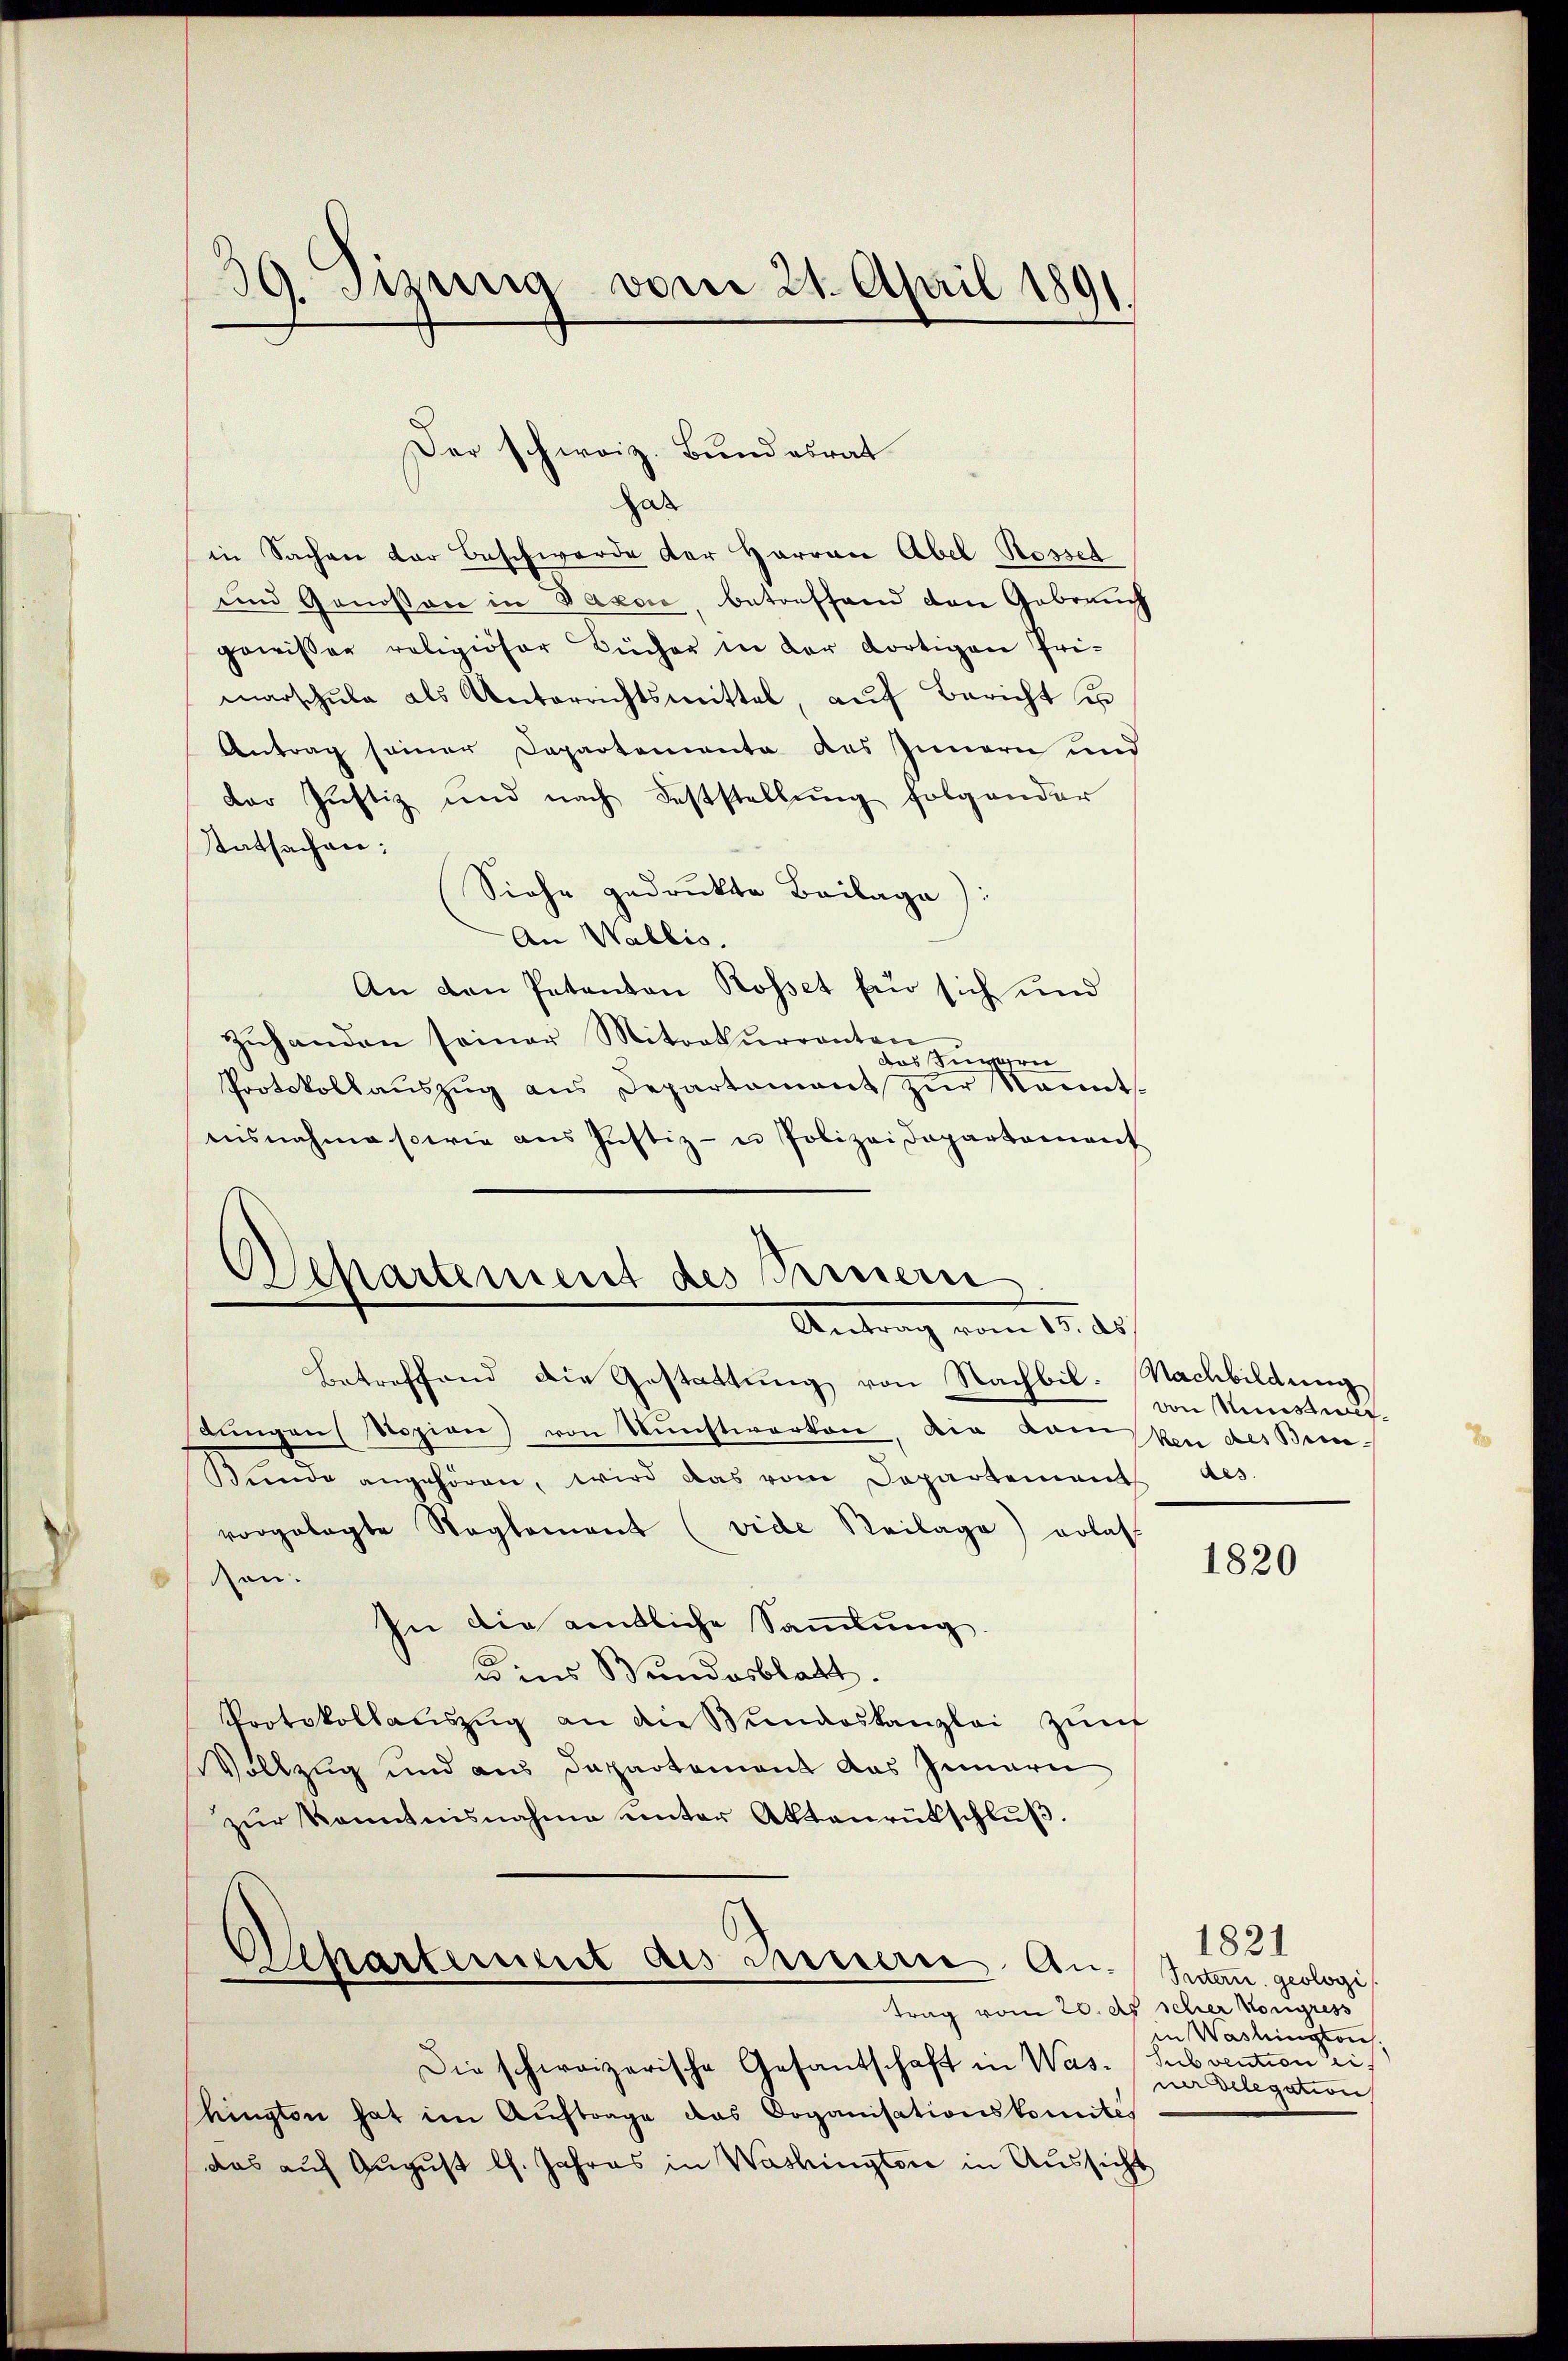
39. Sizung vom 21. April 1891

Der schweiz. Bundesrat

Departement des Peuern
Antrag vom 15. ds.

Dar
in Sachen der Beschwerde der Harran Abel Rosset
und Genossen in Saxon, betreffend den Gebrauch
gewisser religiöser Bücher in der dortigen Pri-
marschŭle als Unterrichtsmittel, aŭf Bericht u
Antrag seiner Departemente des Innern und
der Justiz und nach Feststellŭng folgender
statsachen:
Siehe gedruckte Beilage):
An Wallis.
An den Patanton Rosset für sich und
Zŭhanden seiner Mitrekurrenten
das Innern
Protokollaŭszŭg ans Departement zŭr Namnt-
nisnahme sowie ans Justiz- u Polizeidepartement

betreffend die Gestattung von Nachbil. Nachbildung
dŭngen Sozion) von Kunstwerken, die Konsten des Besunde angehören, wird das vom Departement des
vorgelegte Reglement (vide Reilage) erlas
den.
In die amtliche Sammlung.
uins Bundesblatt.
Protokollaŭszŭg an die Bundeskanzlei Zünf
Vollzug und aus Departement das Innern
zŭr Kenntnisnahme unter Aktenrütschlŭβ.
Bhartement des Innern An-Inten geologi
trag vom 20. ds scher Kongress
Die schweizerische Gesantschaft in Was- Subvention eihington hat im Auftrage das Doganisationskomités
das auf August l. Jahres in Washington in Aussicht

von Minist

1820

1821
Washington
ua delegation